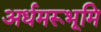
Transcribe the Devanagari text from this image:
अर्धमरूभूमि